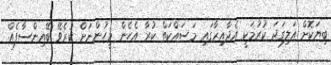
ބިޔަކޮށް އަލިގަދަ ކުރުމަކީ އެދާއިރާގައި މަސައްކަތް ކުރާ އެހެން މީހުންނަށް ކުރެވޭ ބޭއިންސާފެއް.